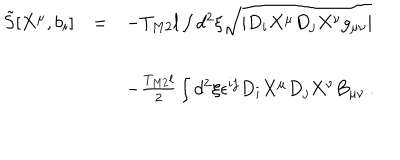
\begin{array} { r c l } { { { \tilde { S } } [ X ^ { \mu } , b _ { i } ] } } & { { = } } & { { - T _ { M 2 } l \int d ^ { 2 } \xi \sqrt { | D _ { i } X ^ { \mu } D _ { j } X ^ { \nu } g _ { \mu \nu } | } } } \\ { { } } & { { } } & { { } } \\ { { } } & { { } } & { { - { \textstyle \frac { T _ { M 2 } l } { 2 } } \int d ^ { 2 } \xi \epsilon ^ { i j } D _ { i } X ^ { \mu } D _ { j } X ^ { \nu } B _ { \mu \nu } \, . } } \\ \end{array}